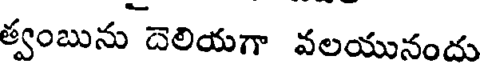
త్వంబును దెలియగా వలయునందు